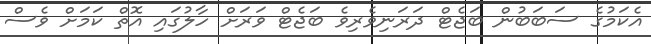
އެކަމުގެ ސަބަބުން ބަޖެޓް ދަރަނިވެރިވެ ބަޖެޓް ވަރަށް ހާލުގައި އޮތް ކަމަށް ވެސް